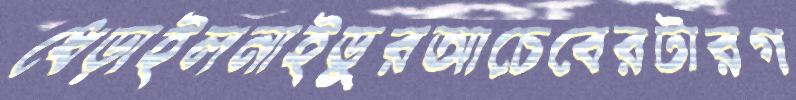
ধেড়াইলনাইডুরআচেবেরটারগ